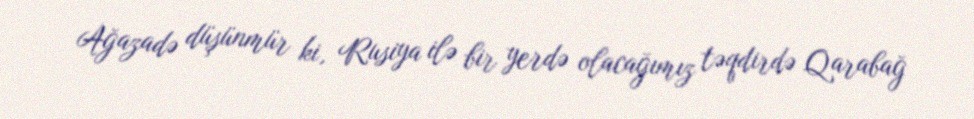
Ağazadə düşünmür ki, Rusiya ilə bir yerdə olacağımız təqdirdə Qarabağ